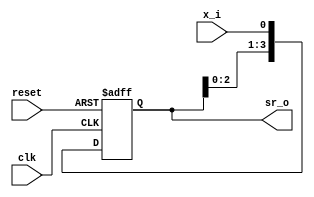
module day6(clk,reset,x_i,sr_o);
  input     wire        clk;
  input     wire        reset;
  input     wire        x_i;

  output    reg[3:0]   sr_o;


  always @(posedge clk or posedge reset)
    if (reset)
    sr_o<= 4'h0;
    else
      sr_o <= {sr_o[2:0], x_i};

endmodule